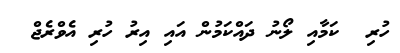
ހުރި  ކަމާއި ލޯނު ދައްކަމުން އައި އިރު ހުރި އެވްރެޖް